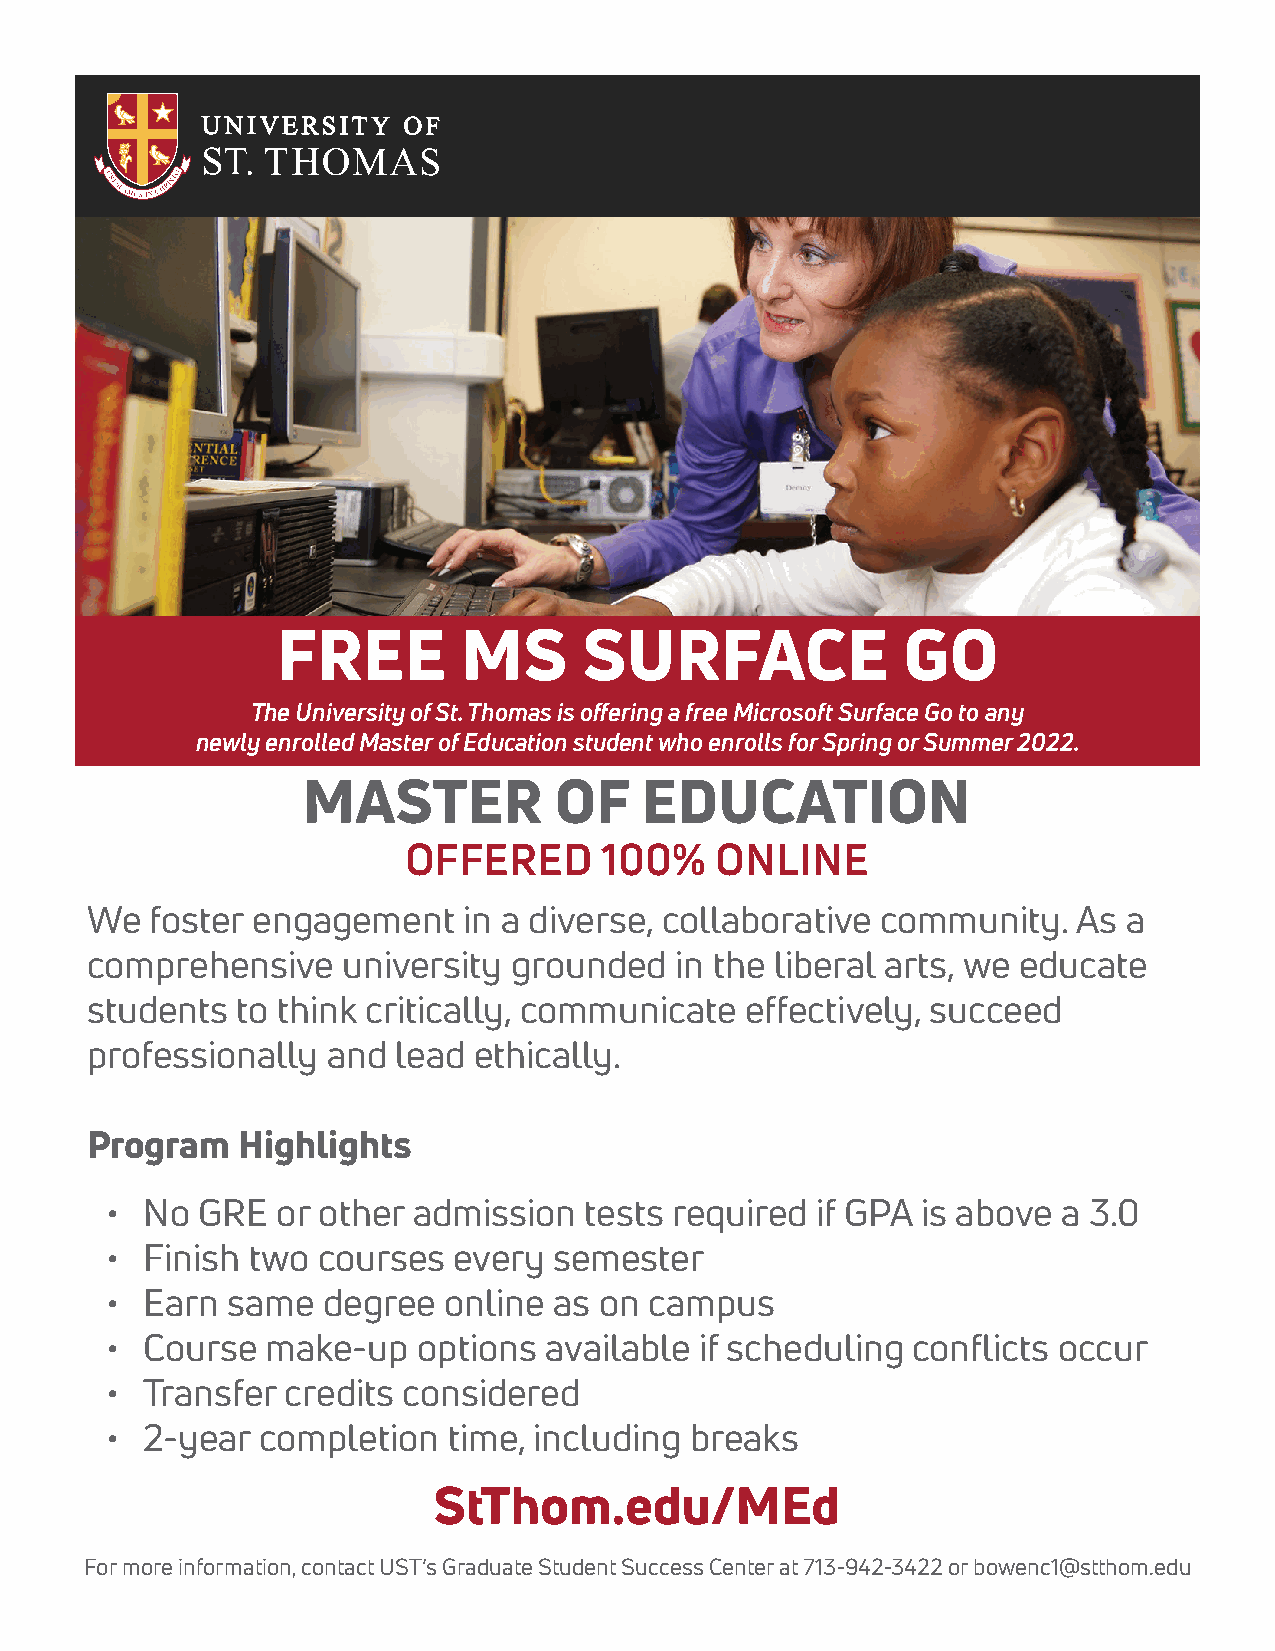
FREE         MS      SURFACE              GO
 The University of St. Thomas is offering a free Microsoft Surface Go to any
 newly enrolled Master of Education student who enrolls for Spring or Summer 2022.
 MASTER           OF   EDUCATION
 OFFERED      100%   ONLINE
 We  foster engagement    in a diverse, collaborative community.  As  a
 comprehensive    university grounded   in the liberal arts, we educate
 students  to think critically, communicate effectively, succeed
 professionally  and lead ethically.
 Program   Highlights
 • No  GRE  or other admission   tests required if GPA is above a 3.0
 • Finish two  courses  every  semester
 • Earn  same  degree  online  as on campus
 • Course   make-up   options available if scheduling conflicts occur
 • Transfer  credits considered
 • 2-year  completion   time, including breaks
 StThom.edu/MEd
 For more information, contact UST’s Graduate Student Success Center at 713-942-3422 or bowenc1@stthom.edu